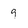
Character: 9